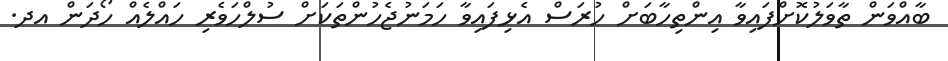
ބާއްވަން ތާވަލުކޮށްފައިވާ އިންތިހާބަށް ހުރަސް އެޅިފައިވާ ހަމަނުޖެހުންތަކަށް ސުލްހަވެރި ހައްލެއް ހޯދަން އދ.